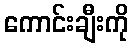
ကောင်းချီးကို